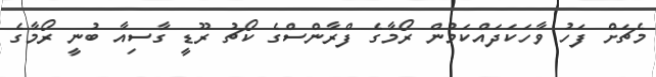
މެޗަށް ފަހު ވާހަކަދައްކަމުން ރޯމާގެ ފްރާންސްގެ ކޯޗު ރޫޑީ ގާސިއާ ބުނީ ރޯމާގެ